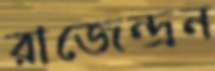
রাজেন্দ্রন